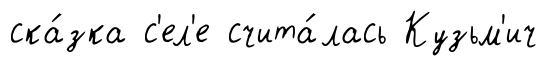
ска́зка с'ел'е счита́лась Кузьм'ич